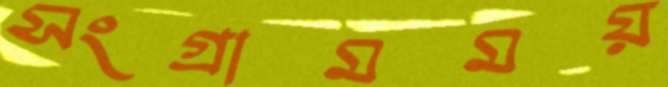
সংগ্রামময়